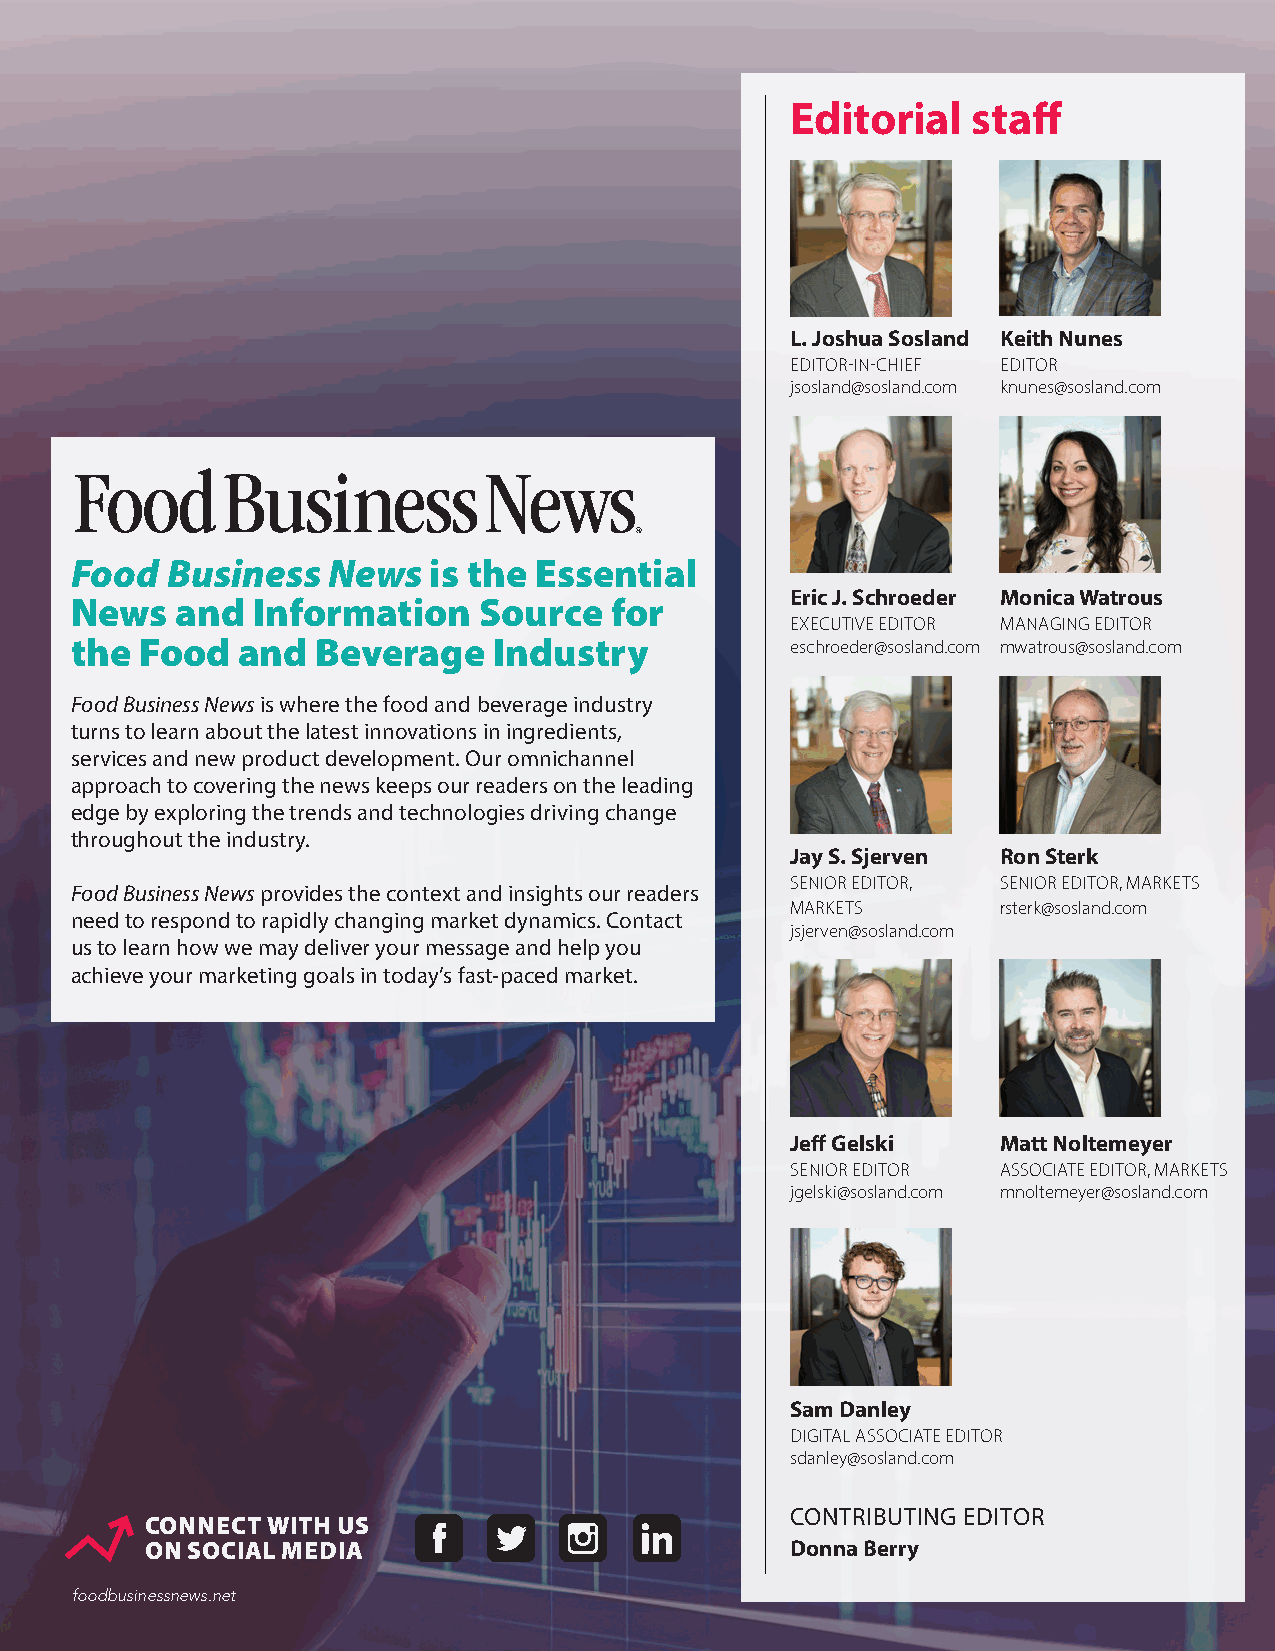
Editorial   staff
 L. Joshua Sosland Keith Nunes
 EDITOR-IN-CHIEF EDITOR
 jsosland@sosland.com knunes@sosland.com
 Food  Business   News  is the Essential
 Eric J. Schroeder Monica Watrous
 News   and  Information    Source  for
 EXECUTIVE EDITOR MANAGING EDITOR
 the Food   and  Beverage    Industry           eschroeder@sosland.com mwatrous@sosland.com
 Food Business News is where the food and beverage industry
 turns to learn about the latest innovations in ingredients,
 services and new product development. Our omnichannel
 approach to covering the news keeps our readers on the leading
 edge by exploring the trends and technologies driving change
 throughout the industry.
 Jay S. Sjerven Ron Sterk
 SENIOR EDITOR, SENIOR EDITOR, MARKETS
 Food Business News provides the context and insights our readers
 MARKETS       rsterk@sosland.com
 need to respond to rapidly changing market dynamics. Contact
 jsjerven@sosland.com
 us to learn how we may deliver your message and help you
 achieve your marketing goals in today’s fast-paced market.
 Jeff Gelski   Matt Noltemeyer
 SENIOR EDITOR ASSOCIATE EDITOR, MARKETS
 jgelski@sosland.com mnoltemeyer@sosland.com
 Sam Danley
 DIGITAL ASSOCIATE EDITOR
 sdanley@sosland.com
 CONTRIBUTING EDITOR
 CONNECT WITH US
 ON SOCIAL MEDIA                           Donna Berry
 foodbusinessnews.net